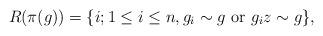
LaTeX: \begin{align*} R( \pi(g) ) = \{ i; 1 \leq i \leq n, g_i \sim g \mbox{\rm\ or\ } g_i z \sim g \},\end{align*}